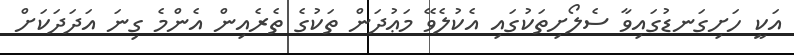
އަކީ ހަށިގަނޑުގައިވާ ސެލޯށިތަކުގައި އެކުލެވޭ މަޢުދަން ތަކުގެ ތެރެއިން އެންމެ ގިނަ އަދަދަކަށް